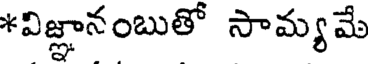
*విజ్ఞానంబుతో సామ్యమే